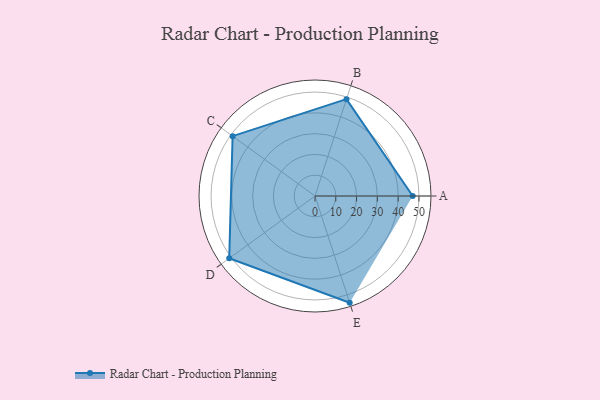
{"axis": {"x": "Skill", "y": "Score"}, "legend": ["Profile"], "data": [{"x": "A", "y": 47.0, "type": "Profile"}, {"x": "B", "y": 49.0, "type": "Profile"}, {"x": "C", "y": 49.0, "type": "Profile"}, {"x": "D", "y": 51.0, "type": "Profile"}, {"x": "E", "y": 54.0, "type": "Profile"}]}